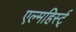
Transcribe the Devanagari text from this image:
एल्महिर्स्ट्